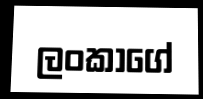
ලංකාගේ